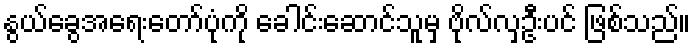
နွယ်ခွေအရေးတော်ပုံကို ခေါင်းဆောင်သူမှ ဗိုလ်လှဦးပင် ဖြစ်သည်။